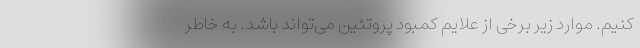
کنیم. موارد زیر برخی از علایم کمبود پروتئین می‌تواند باشد. به خاطر